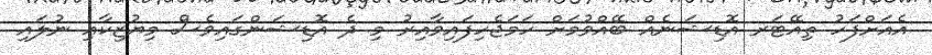
އެއަށްފަހު ތިއޭޓަރ އޮޑިޝަނެއް ބޭއްވުމަށް ހަމަޖެހިފައިވާއިރު މި ދެ އޮޑިޝަންގައިވެސް މިޔުޒިކާއި ނުލައި